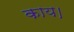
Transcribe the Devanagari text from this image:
काय।